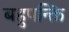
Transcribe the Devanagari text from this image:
बहुपन्क्ति